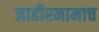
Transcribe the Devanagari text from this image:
जाहीरनामाच